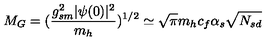
M _ { G } = ( \frac { g _ { s m } ^ { 2 } | \psi ( 0 ) | ^ { 2 } } { m _ { h } } ) ^ { 1 / 2 } \simeq \sqrt { \pi } m _ { h } c _ { f } \alpha _ { s } \sqrt { N _ { s d } }